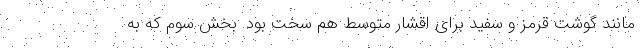
مانند گوشت قرمز و سفید برای اقشار متوسط هم سخت بود. بخش سوم که به